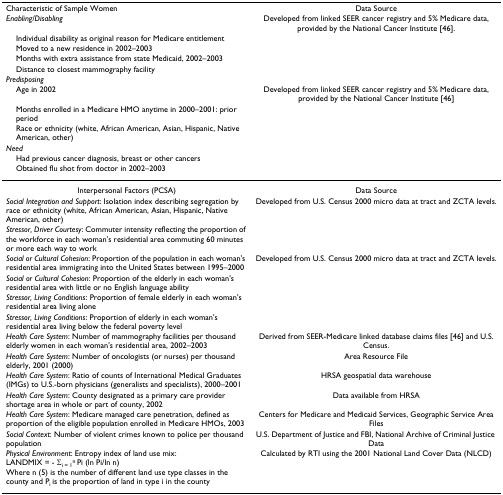
| Characteristic of Sample Women | Data Source |
 | Enabling/Disabling | Developed from linked SEER cancer registry and 5% Medicare data, provided by the National Cancer Institute [46]. |
 | Individual disability as original reason for Medicare entitlement |  |
 | Moved to a new residence in 2002–2003 |  |
 | Months with extra assistance from state Medicaid, 2002–2003 |  |
 | Distance to closest mammography facility |  |
 | Predisposing |  |
 | Age in 2002 | Developed from linked SEER cancer registry and 5% Medicare data, provided by the National Cancer Institute [46] |
 | Months enrolled in a Medicare HMO anytime in 2000–2001: prior period |  |
 | Race or ethnicity (white, African American, Asian, Hispanic, Native American, other) |  |
 | Need |  |
 | Had previous cancer diagnosis, breast or other cancers |  |
 | Obtained flu shot from doctor in 2002–2003 |  |
 | --- | --- |
 | Interpersonal Factors (PCSA) | Data Source |
 | Social Integration and Support: Isolation index describing segregation by race or ethnicity (white, African American, Asian, Hispanic, Native American, other) | Developed from U.S. Census 2000 micro data at tract and ZCTA levels. |
 | Stressor, Driver Courtesy: Commuter intensity reflecting the proportion of the workforce in each woman's residential area commuting 60 minutes or more each way to work |  |
 | Social or Cultural Cohesion: Proportion of the population in each woman's residential area immigrating into the United States between 1995–2000 | Developed from U.S. Census 2000 micro data at tract and ZCTA levels. |
 | Social or Cultural Cohesion: Proportion of the elderly in each woman's residential area with little or no English language ability |  |
 | Stressor, Living Conditions: Proportion of female elderly in each woman's residential area living alone |  |
 | Stressor, Living Conditions: Proportion of elderly in each woman's residential area living below the federal poverty level |  |
 | Health Care System: Number of mammography facilities per thousand elderly women in each woman's residential area, 2002–2003 | Derived from SEER-Medicare linked database claims files [46] and U.S. Census. |
 | Health Care System: Number of oncologists (or nurses) per thousand elderly, 2001 (2000) | Area Resource File |
 | Health Care System: Ratio of counts of International Medical Graduates (IMGs) to U.S.-born physicians (generalists and specialists), 2000–2001 | HRSA geospatial data warehouse |
 | Health Care System: County designated as a primary care provider shortage area in whole or part of county, 2002 | Data available from HRSA |
 | Health Care System: Medicare managed care penetration, defined as proportion of the eligible population enrolled in Medicare HMOs, 2003 | Centers for Medicare and Medicaid Services, Geographic Service Area Files |
 | Social Context: Number of violent crimes known to police per thousand population | U.S. Department of Justice and FBI, National Archive of Criminal Justice Data |
 | Physical Environment: Entropy index of land use mix:LANDMIX = - Σi = 1n Pi (ln Pi/ln n)Where n (5) is the number of different land use type classes in the county and Pi is the proportion of land in type i in the county | Calculated by RTI using the 2001 National Land Cover Data (NLCD) |